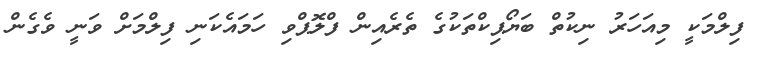
ފިލްމަކީ މިއަހަރު ނިކުތް ބަޔޯޕިކްތަކުގެ ތެރެއިން ފްލޮޕްވި ހަމައެކަނި ފިލްމަށް ވަނީ ވެގެން